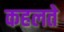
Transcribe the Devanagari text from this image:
कहलते